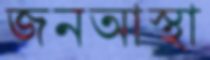
জনআস্থা